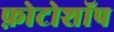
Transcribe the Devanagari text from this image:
फ़ोटोशॉप